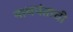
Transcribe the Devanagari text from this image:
नाथपंताची